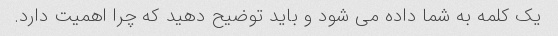
یک کلمه به شما داده می شود و باید توضیح دهید که چرا اهمیت دارد.